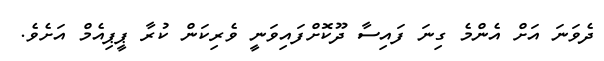
ދެވަނަ އަށް އެންމެ ގިނަ ފައިސާ ދޫކޮށްފައިވަނީ ވެރިކަން ކުރާ ޕީޕިއެމް އަށެވެ.